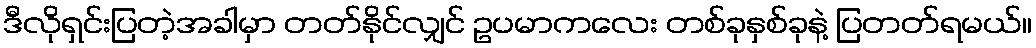
ဒီလိုရှင်းပြတဲ့အခါမှာ တတ်နိုင်လျှင် ဥပမာကလေး တစ်ခုနှစ်ခုနဲ့ ပြတတ်ရမယ်။